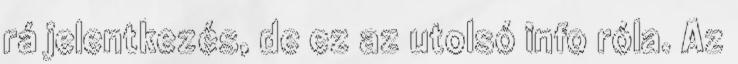
rá jelentkezés, de ez az utolsó info róla. Az